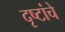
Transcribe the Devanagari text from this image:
दृष्टांचे